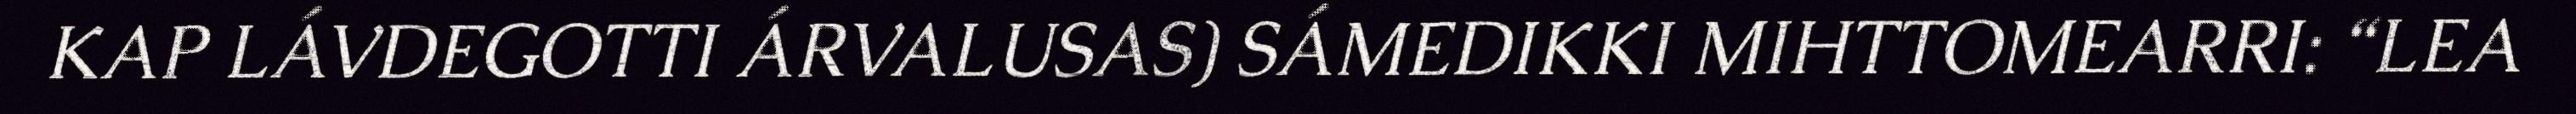
KAP LÁVDEGOTTI ÁRVALUSAS) SÁMEDIKKI MIHTTOMEARRI: “LEA